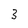
Character: 3